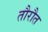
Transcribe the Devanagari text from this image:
तौरौत